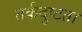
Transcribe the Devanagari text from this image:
तर्कदुष्टता